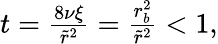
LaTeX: \begin{array}{r}{t=\frac{8\nu\xi}{\tilde{r}^{2}}=\frac{r_{b}^{2}}{\tilde{r}^{2}}<1,}\end{array}